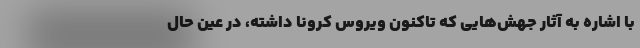
با اشاره به آثار جهش‌هایی که تاکنون ویروس کرونا داشته، در عین حال